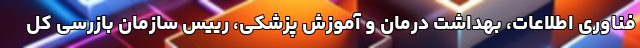
فناوری اطلاعات، بهداشت درمان و آموزش پزشکی، رییس سازمان بازرسی کل